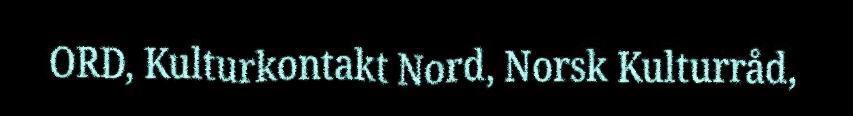
ORD, Kulturkontakt Nord, Norsk Kulturråd,